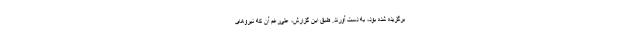
برگزیده شده بود، به دست آورند. طبق این گزارش، علی‌رغم آن که نیروهای